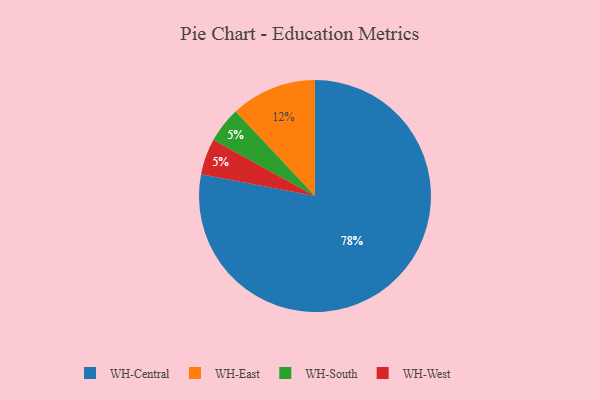
{"axis": {"x": "Category", "y": "Percentage"}, "legend": ["WH-Central", "WH-East", "WH-South", "WH-West"], "data": [{"x": "WH-Central", "y": 78, "type": "WH-Central"}, {"x": "WH-South", "y": 5, "type": "WH-South"}, {"x": "WH-West", "y": 5, "type": "WH-West"}, {"x": "WH-East", "y": 12, "type": "WH-East"}]}